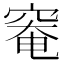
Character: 𥦩